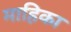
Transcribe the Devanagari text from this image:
माहिका